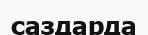
саздарда